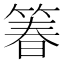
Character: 箺